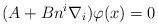
\begin{align*}(A+Bn^{i}\nabla _{i})\varphi (x)=0 \end{align*}